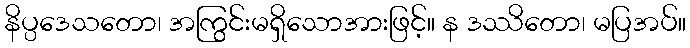
နိပ္ပဒေသတော၊ အကြွင်းမရှိသောအားဖြင့်။ န ဒဿိတော၊ မပြအပ်။